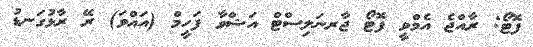
ފޮޓޯ: ރާއްޖެ އެމްވީ ފޮޓޯ ޖާރނަލިސްޓް އަޝްވާ ފަހީމް (އައްވަ) ރޭ ރާޅުގަނޑު